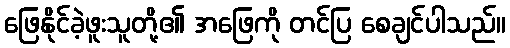
ဖြေနိုင်ခဲ့ဖူးသူတို့၏ အဖြေကို တင်ပြ စေချင်ပါသည်။